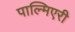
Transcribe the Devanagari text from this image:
पाल्मिएरी